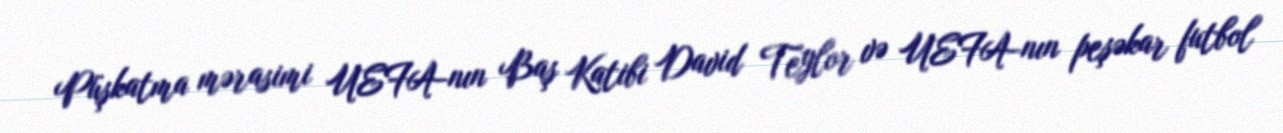
Püşkatma mərasimi UEFA-nın Baş Katibi David Teylor və UEFA-nın peşəkar futbol